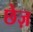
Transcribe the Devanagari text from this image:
छेज़